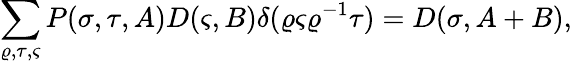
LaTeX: \sum_{\varrho,\tau,\varsigma}P(\sigma,\tau,A)D(\varsigma,B)\delta(\varrho\varsigma\varrho^{-1}\tau)=D(\sigma,A+B),